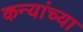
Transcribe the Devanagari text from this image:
कन्यांच्या